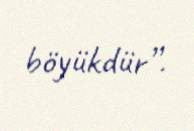
böyükdür”.